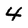
Character: 4